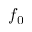
f _ { 0 }